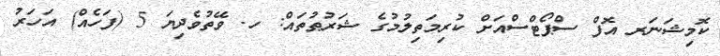
ކޮމިޝަނަރ އޮފް ސްޕޯޓްސްއަށް ކުރިމަތިލުމުގެ ޝަރުޠުތައް: ހ. ވޭތުވެދިޔަ 5 (ފަހެއް) އަހަރު